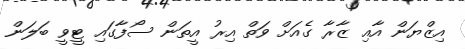
އިޒްޔަން އާއި ޒާރާ ގެއަށް ވަތް އިރު އީތަން ސޯފާގައި ޓީވީ ބަލަން